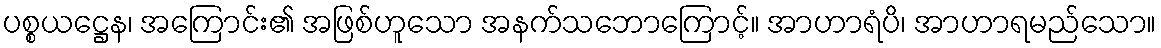
ပစ္စယဋ္ဌေန၊ အကြောင်း၏ အဖြစ်ဟူသော အနက်သဘောကြောင့်။ အာဟာရံပိ၊ အာဟာရမည်သော။